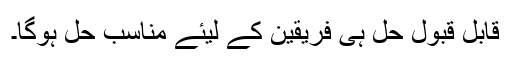
قابل قبول حل ہی فریقین کے لیئے مناسب حل ہوگا۔